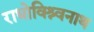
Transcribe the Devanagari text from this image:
राधोविश्र्वनाथ